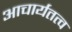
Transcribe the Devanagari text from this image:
आचार्यतत्व